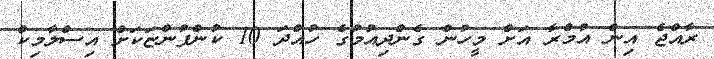
ރާއްޖެ އިން އުމްރާ އަށް މީހުން ގެންދިއުމުގެ ހުއްދަ 10 ކުންފުންޏަކަށް އިސްލާމިކް